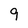
Character: 9